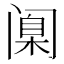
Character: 𫔶